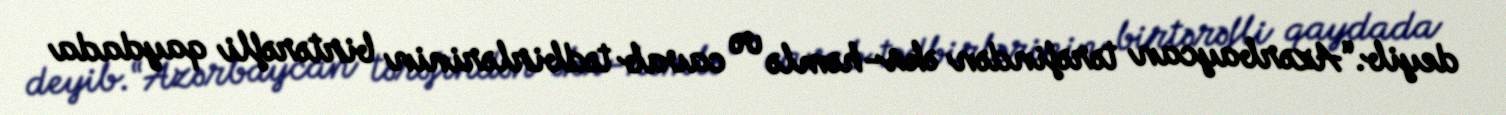
deyib.“Azərbaycan tərəfindən əks-həmlə və cavab tədbirlərinin birtərəfli qaydada